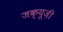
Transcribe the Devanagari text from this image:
जक्यूज़ी